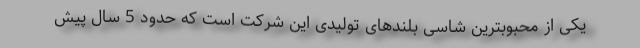
یکی از محبوبترین شاسی بلندهای تولیدی این شرکت است که حدود 5 سال پیش